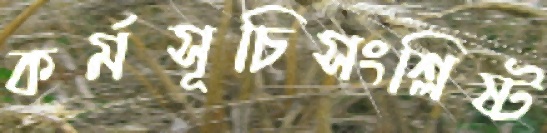
কর্মসূচিসংশ্লিষ্ট